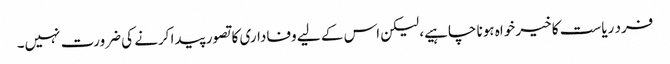
فرد ریاست کا خیر خواہ ہونا چاہیے، لیکن اس کے لیے وفاداری کا تصور پیدا کرنے کی ضرورت نہیں۔